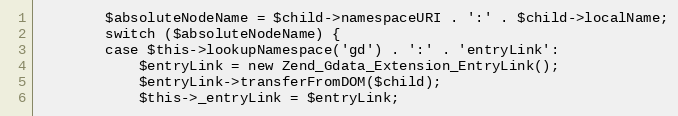
Language: PHP
        $absoluteNodeName = $child->namespaceURI . ':' . $child->localName;
        switch ($absoluteNodeName) {
        case $this->lookupNamespace('gd') . ':' . 'entryLink':
            $entryLink = new Zend_Gdata_Extension_EntryLink();
            $entryLink->transferFromDOM($child);
            $this->_entryLink = $entryLink;